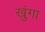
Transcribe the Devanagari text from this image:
खुंगा